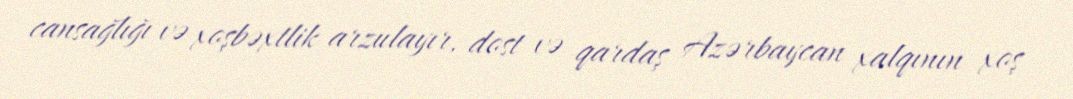
cansağlığı və xoşbəxtlik arzulayır, dost və qardaş Azərbaycan xalqının xoş